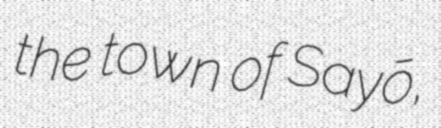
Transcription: the town of Sayō,